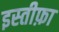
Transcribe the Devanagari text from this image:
इस्‍तीफ़ा